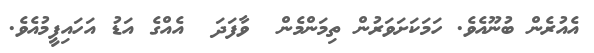
އެއުރެން ބުނޫއެވެ. ހަމަކަށަވަރުން ތިމަންމެން  ވާފަދަ  އެއްގެ އަޑު އަހައިފީމުއެވެ.